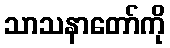
သာသနာတော်ကို